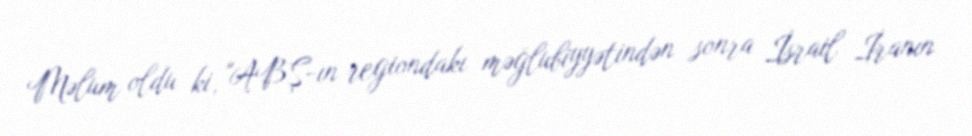
Məlum oldu ki, "ABŞ-ın regiondakı məğlubiyyətindən sonra İsrail İranın